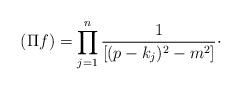
LaTeX: \begin{align*}(\Pi f)=\prod_{j=1}^{n}\frac{1}{[(p-k_{j})^{2}-m^{2}]}\cdot \end{align*}